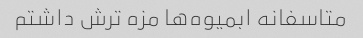
متاسفانه ابمیوه‌ها مزه ترش داشتم